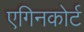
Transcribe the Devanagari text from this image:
एगिनकोर्ट